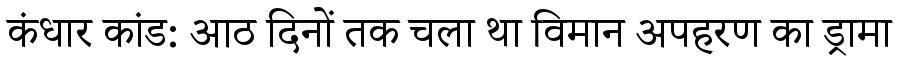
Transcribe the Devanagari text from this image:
कंधार कांड: आठ दिनों तक चला था विमान अपहरण का ड्रामा